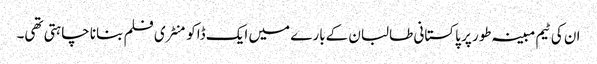
ان کی ٹیم مبینہ طور پر پاکستانی طالبان کےبارے میں ایک ڈاکومنٹری فلم بنانا چاہتی تھی۔